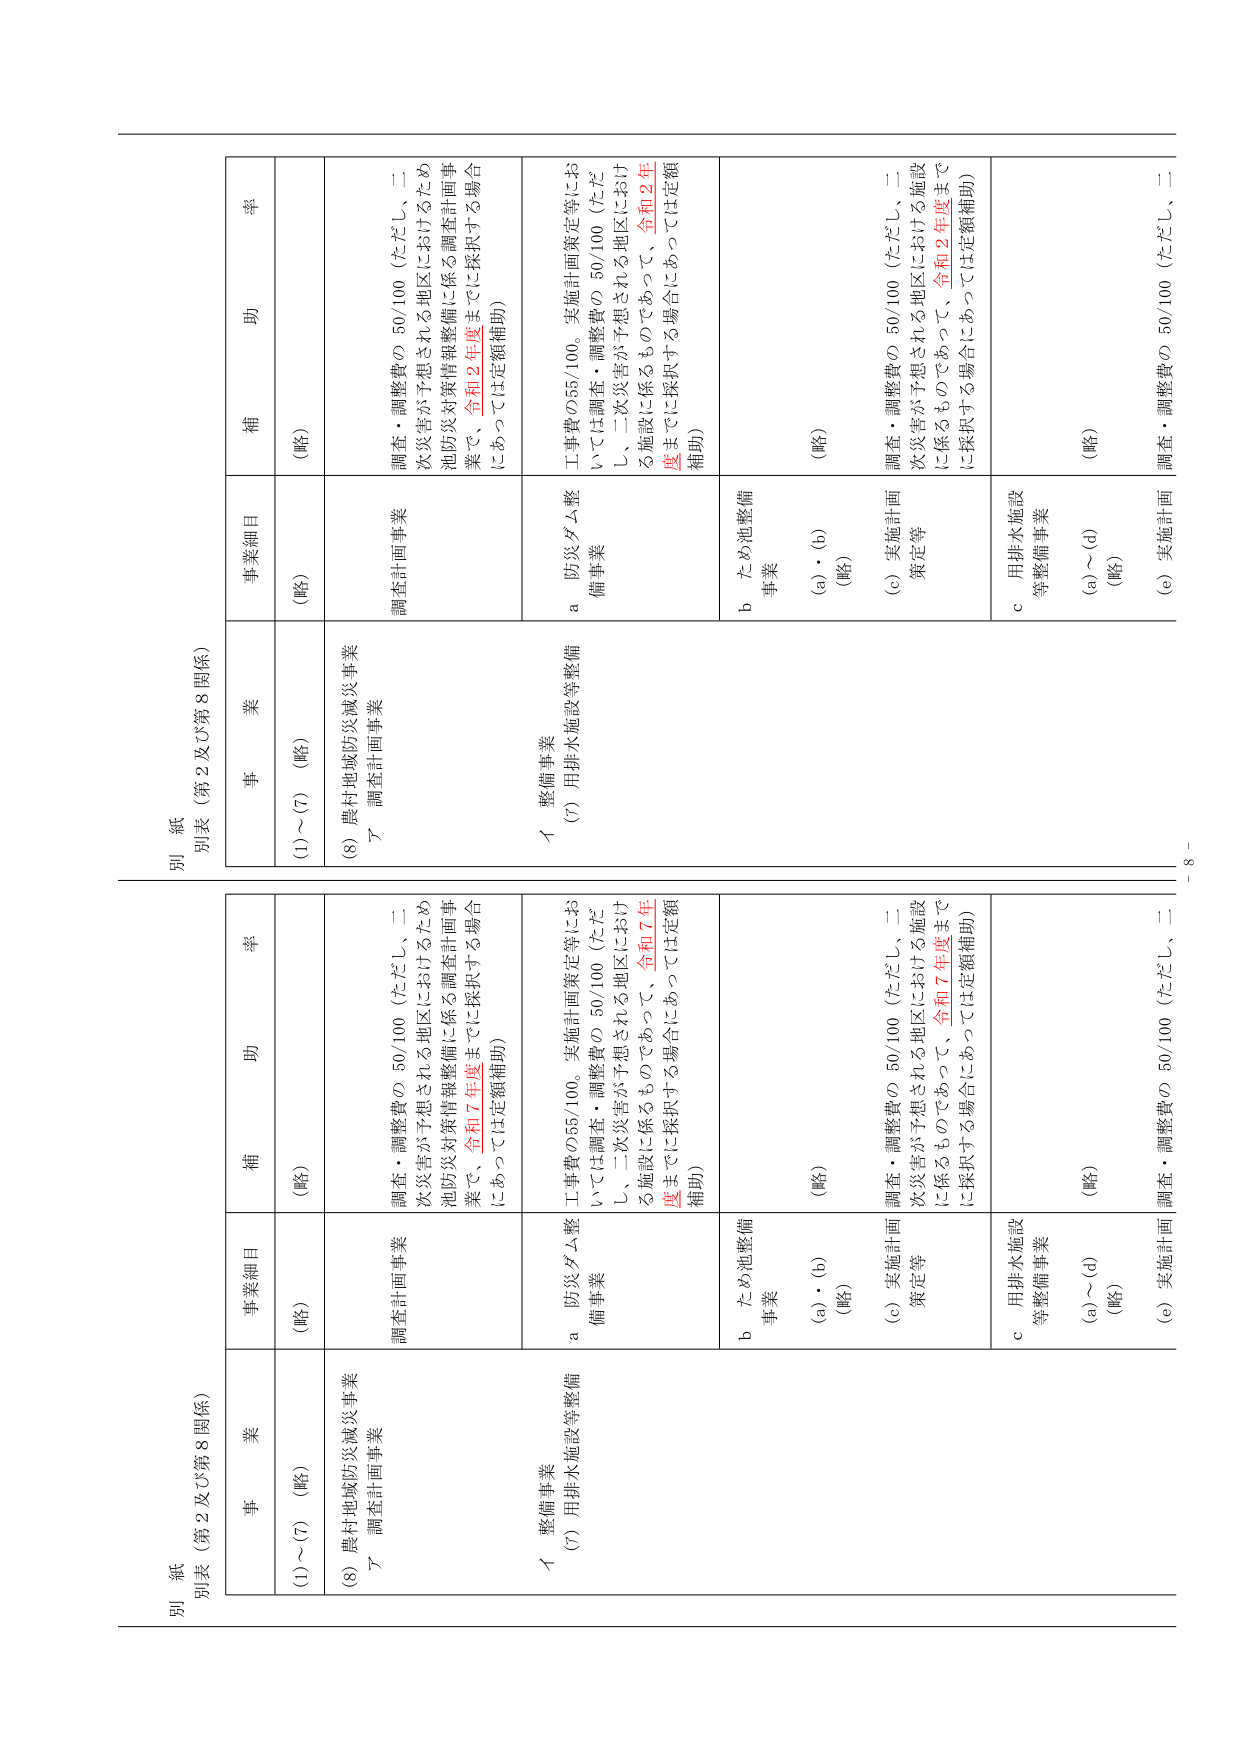
別紙
別表（第2及び第8関係）

事業
(1)～(7) （略）
(8) 農村地域防災減災事業
ア 調査計画事業

事業細目
（略）
調査計画事業

補助率
（略）
調査・調整費の 50/100（ただし、二次災害が予想される地区におけるため池防災対策情報整備に係る調査計画事業で、令和7年度までに採択する場合にあっては定額補助）

イ 整備事業
(7) 用排水施設等整備
a 防災ダム整備事業
b ため池整備事業
(a)・(b) （略）
c 用排水施設等整備事業
(a)～(d) （略）
(e) 実施計画策定等

補助率
（略）
工事費の55/100。実施計画策定等においては調査・調整費の 50/100（ただし、二次災害が予想される地区における施設に係るものであって、令和7年度までに採択する場合にあっては定額補助）
（略）
調査・調整費の 50/100（ただし、二次災害が予想される地区における施設に係るものであって、令和7年度までに採択する場合にあっては定額補助）
（略）
調査・調整費の 50/100（ただし、二次災害が予想される地区における施設に係るものであって、令和7年度までに採択する場合にあっては定額補助）

別紙
別表（第2及び第8関係）

事業
(1)～(7) （略）
(8) 農村地域防災減災事業
ア 調査計画事業

事業細目
（略）
調査計画事業

補助率
（略）
調査・調整費の 50/100（ただし、二次災害が予想される地区におけるため池防災対策情報整備に係る調査計画事業で、令和2年度までに採択する場合にあっては定額補助）

イ 整備事業
(7) 用排水施設等整備
a 防災ダム整備事業
b ため池整備事業
(a)・(b) （略）
c 用排水施設等整備事業
(a)～(d) （略）
(e) 実施計画策定等

補助率
（略）
工事費の55/100。実施計画策定等においては調査・調整費の 50/100（ただし、二次災害が予想される地区における施設に係るものであって、令和2年度までに採択する場合にあっては定額補助）
（略）
調査・調整費の 50/100（ただし、二次災害が予想される地区における施設に係るものであって、令和2年度までに採択する場合にあっては定額補助）
（略）
調査・調整費の 50/100（ただし、二次災害が予想される地区における施設に係るものであって、令和2年度までに採択する場合にあっては定額補助）

- 8 -